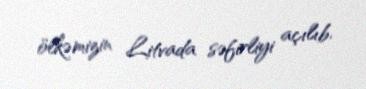
ölkəmizin Litvada səfirliyi açılıb.